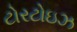
ટોરટોઇઝ